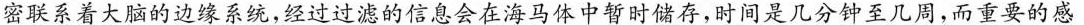
密联系着大脑的边缘系统，经过过滤的信息会在海马体中暂时储存，时间是几分钟至几周，而重要的感